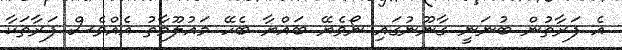
އެ ފަރާތުން ބުނަނީ ގާނޫނުގައި ނޯވެޔޭ ބައްޔާ ބެހޭ މައުލޫމާތު އެއްވެސް ފަރާތަކާ